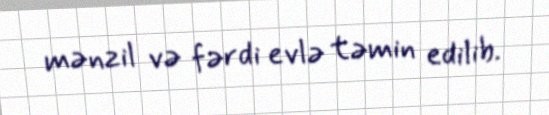
mənzil və fərdi evlə təmin edilib.